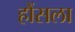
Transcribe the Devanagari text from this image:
हौंसला